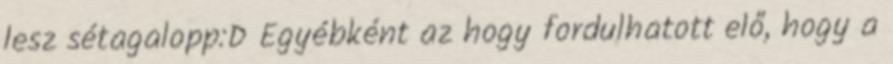
lesz sétagalopp:D Egyébként az hogy fordulhatott elő, hogy a